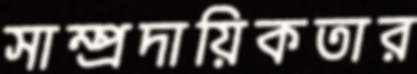
সাম্প্রদায়িকতার